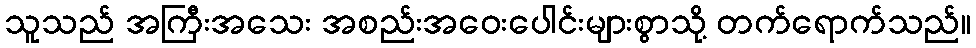
သူသည် အကြီးအသေး အစည်းအဝေးပေါင်းများစွာသို့ တက်ရောက်သည်။